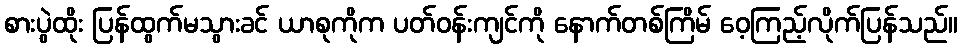
စားပွဲထိုး ပြန်ထွက်မသွားခင် ယာစုကိုက ပတ်ဝန်းကျင်ကို နောက်တစ်ကြိမ် ဝေ့ကြည့်လိုက်ပြန်သည်။